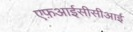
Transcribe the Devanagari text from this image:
एफ़आईसीसीआई